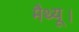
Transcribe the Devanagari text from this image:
मैथ्यू।